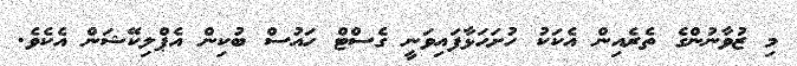
މި ޒުވާނުންގެ ތެރެއިން އެކަކު ހުށަހަޅާފައިވަނީ ގެސްޓް ހައުސް ބުކިން އެޕްލިކޭޝަން އެކެވެ.